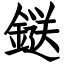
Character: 鎹